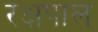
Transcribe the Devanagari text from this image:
रक्षपाल